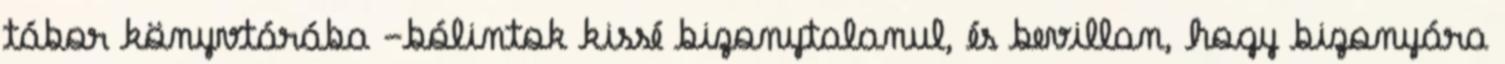
tábor könyvtárába -bólintok kissé bizonytalanul, és bevillan, hogy bizonyára